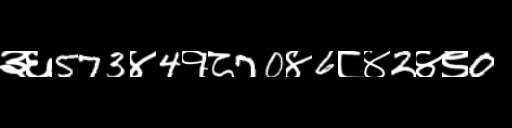
Text: ३६573४4१८70४6८४2४९0